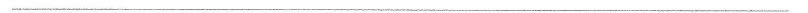
___